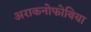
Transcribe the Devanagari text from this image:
अराकनोफोबिया